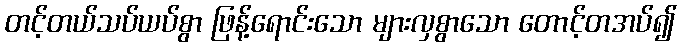
တင့်တယ်သပ်ယပ်စွာ ဖြန့်ရောင်းသော များလှစွာသော တောင့်တအပ်၍